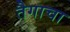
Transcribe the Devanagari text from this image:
तैगाचा